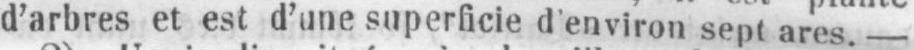
d’arbres et est d’une superficie d’environ sept ares. -